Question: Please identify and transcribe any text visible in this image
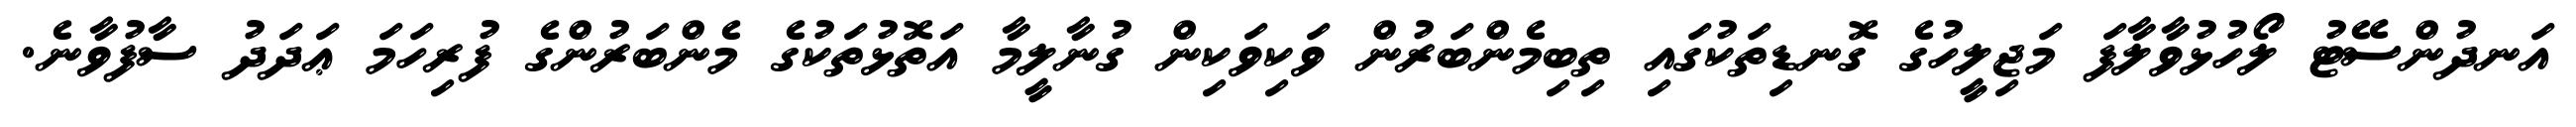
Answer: އަނދުންސޭޓު ލޯހުޅުވާލާފަ މަޖިލީހުގެ ގޮނޑިތަކުގައި ތިބިމެންބަރުން ވަކިވަކިން ގުނާލީމާ އަތޮޅުތަކުގެ މެންބަރުންގެ ފުރިހަމަ ޢަދަދު ސާފުވާނެ.